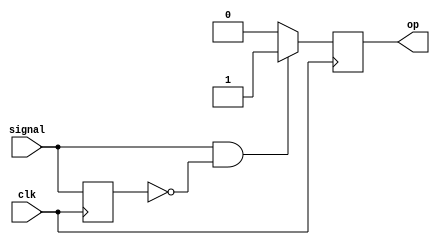
/*module onepulse(
    input signal, 
    input clk, 
    output reg op
    );
    
    reg delay;
    
    always @(posedge clk) begin
        if((signal == 1) & (delay == 0)) op <= 1;
        else op <= 0; 
        delay <= signal;
    end
endmodule*/
module onepulse (
    input clk,
    input signal,
    output reg op
);

	reg pb_in_delay;

	always @(posedge clk) begin
		if (signal == 1'b1 && pb_in_delay == 1'b0) begin
			op <= 1'b1;
		end else begin
			op <= 1'b0;
		end
	end
	
	always @(posedge clk) begin
		pb_in_delay <= signal;
	end
endmodule